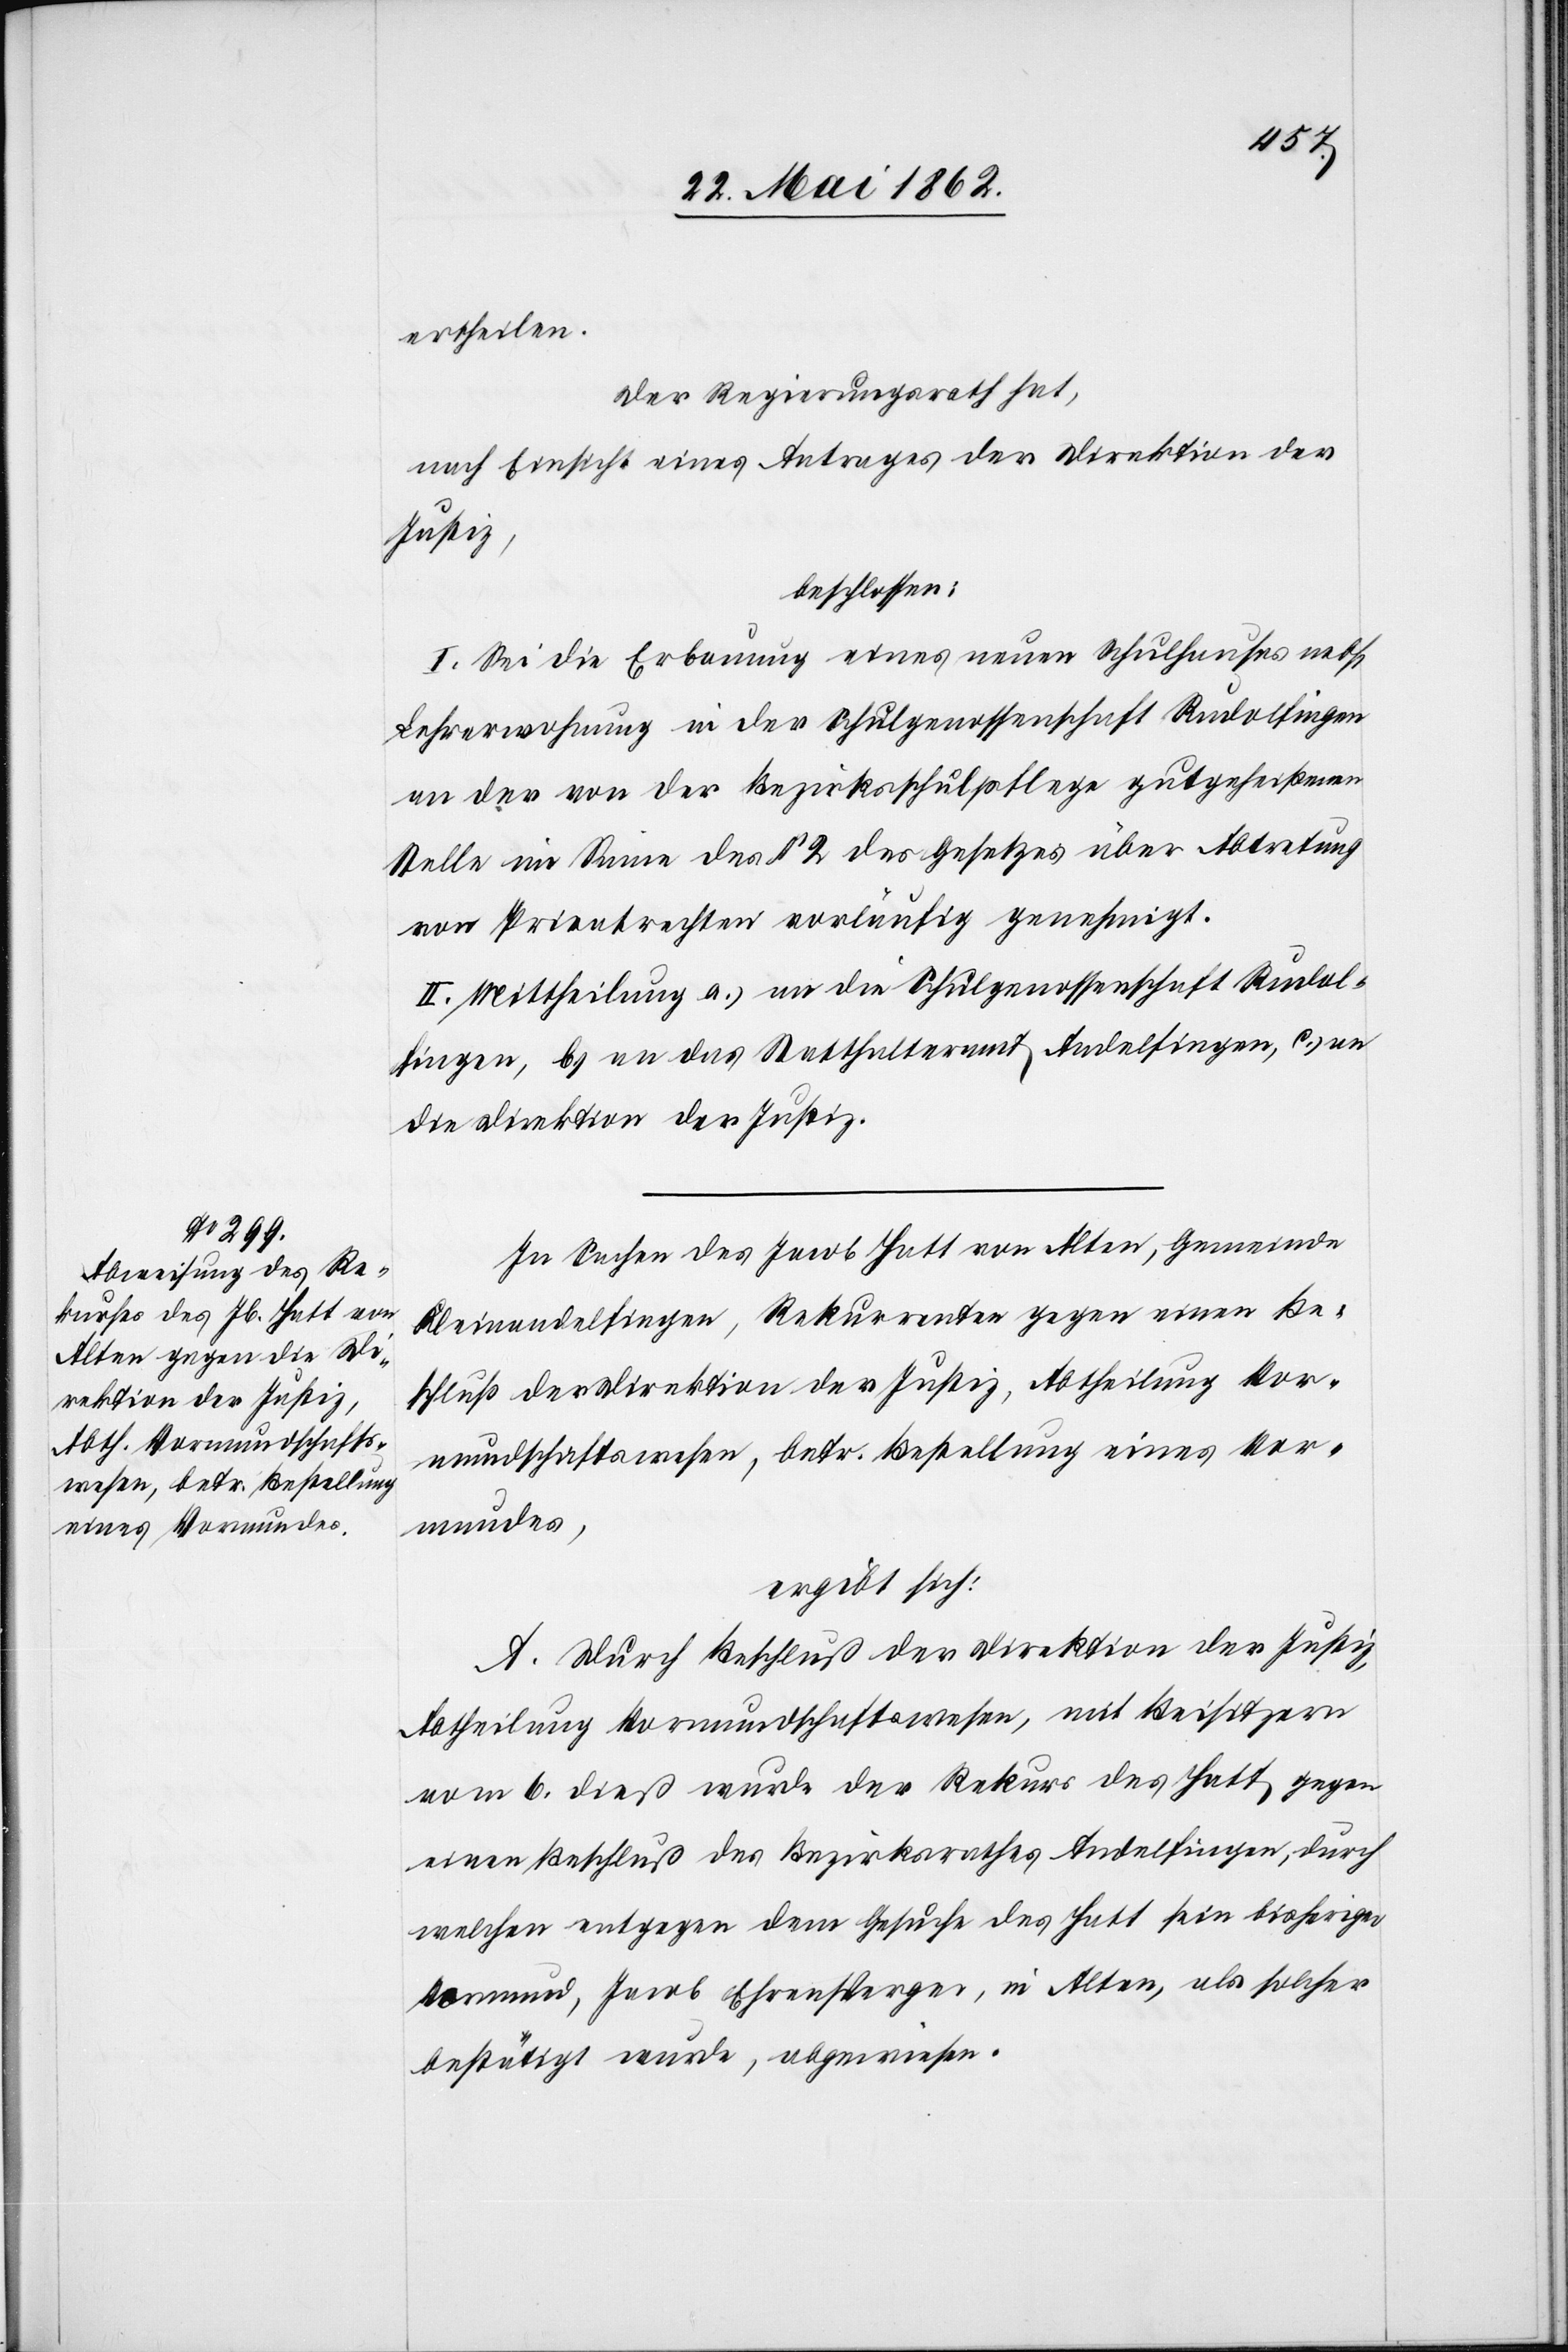
ertheilen.
Der Regierungsrath hat,
nach Einsicht eines Antrages der Direktion der
Justiz,
beschlossen:
I. Sei die Erbauung eines neuen Schulhauses nebst
Lehrerwohnung in der Schulgenossenschaft Rudolfingen
an der von der Bezirksschulpflege gutgeheißenen
Stelle im Sinne des § 2 des Gesetzes über Abtretung
von Privatrechten vorläufig genehmigt.
II. Mittheilung a) an die Schulgenossenschaft Rudol¬
fingen, b) an das Statthalteramt Andelfingen, c) an
die Direktion der Justiz.
In Sachen des Jacob Hatt von Alten, Gemeinde
Kleinandelfingen, Rekurrenten gegen einen Be¬
schluß der Direktion der Justiz, Abtheilung Vor¬
mundschaftswesen, betr. Bestellung eines Vor¬
mundes,
ergibt sich:
A. Durch Beschluß der Direktion der Justiz,
Abtheilung Vormundschaftswesen, mit Beisitzern
vom 6. dieß wurde der Rekurs des Hatt gegen
einen Beschluß des Bezirksrathes Andelfingen, durch
welchen entgegen dem Gesuche des Hatt sein bisheriger
Vormund, Jacob Ehrensperger, in Alten, als solcher
bestätigt wurde, abgewiesen.